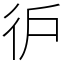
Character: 㣗